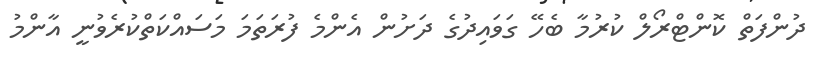
ދުންފަތް ކޮންޓްރޯލް ކުރުމާ ބެހޭ ގަވައިދުގެ ދަށުން އެންމެ ފުރަތަމަ މަސައްކަތްކުރެވުނީ އާންމު